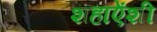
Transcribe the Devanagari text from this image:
शहाऐंशी